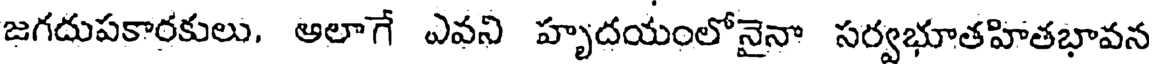
జగదుపకారకులు. ఆలాగే ఎవని హృదయంలోనైనా సర్వభూతహితభావన